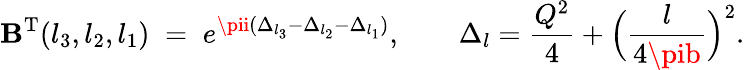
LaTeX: \mathbf{B}^{\mathrm{{T}}}(l_{3},l_{2},l_{1})\; =\; e^{\pii(\Delta_{l_{3}}-\Delta_{l_{2}}-\Delta_{l_{1}})},\qquad\Delta_{l}=\frac{{Q^{2}}}{{4}}+\Bigl(\frac{{l}}{{4\pib}}\Bigr)^{2}.